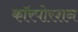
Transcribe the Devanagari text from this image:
कॉरपोरशन